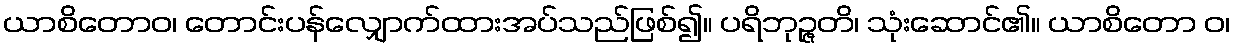
ယာစိတောဝ၊ တောင်းပန်လျှောက်ထားအပ်သည်ဖြစ်၍။ ပရိဘုဉ္ဇတိ၊ သုံးဆောင်၏။ ယာစိတော ဝ၊